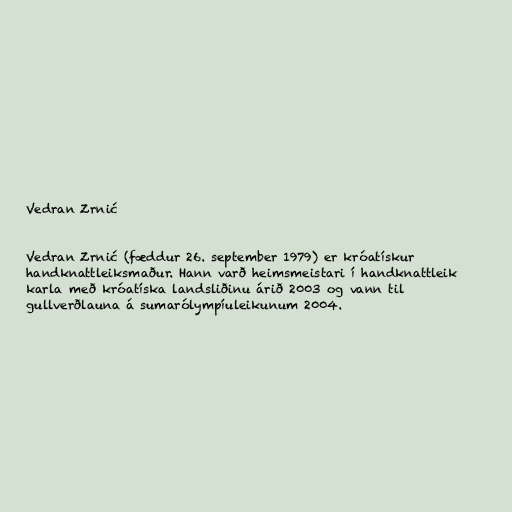
Vedran Zrnić

Vedran Zrnić (fæddur 26. september 1979) er króatískur
handknattleiksmaður. Hann varð heimsmeistari í handknattleik
karla með króatíska landsliðinu árið 2003 og vann til
gullverðlauna á sumarólympíuleikunum 2004.